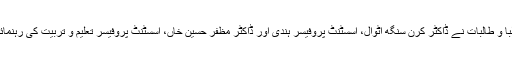
بعد ازاں یونیورسٹی کے طلبا و طالبات نے ڈاکٹر کرن سنگھ اٹوال، اسسٹنٹ پروفیسر ہندی اور ڈاکٹر مظفر حسین خاں، اسسٹنٹ پروفیسر تعلیم و تربیت کی رہنمائی میں قومی ترانہ پیش کیا۔